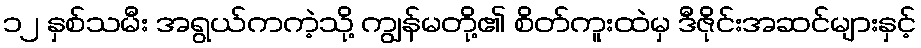
၁၂ နှစ်သမီး အရွယ်ကကဲ့သို့ ကျွန်မတို့၏ စိတ်ကူးထဲမှ ဒီဇိုင်းအဆင်များနှင့်